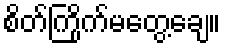
စိတ်ကြိုက်မတွေ့ချေ။